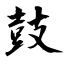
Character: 鼓